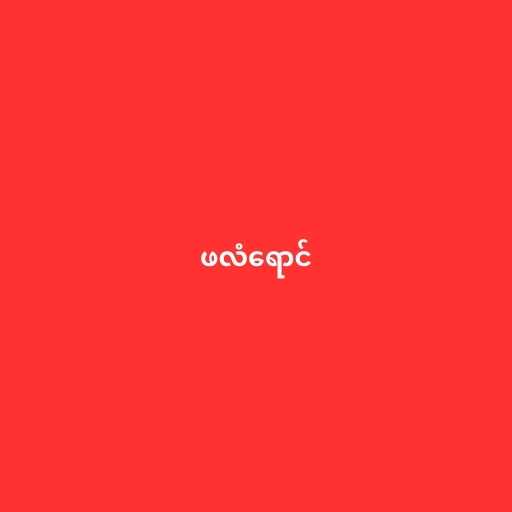
ဖလံရောင်